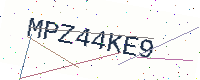
Text: MPZ44KE9